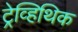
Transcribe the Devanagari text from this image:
ट्रेव्हिथिक